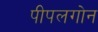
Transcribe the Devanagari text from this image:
पीपलगोन